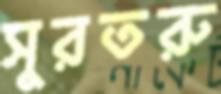
সুরতরু